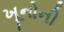
ખૂનોની